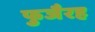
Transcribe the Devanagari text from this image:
फुजैरह